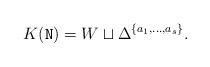
LaTeX: \begin{align*}K(\mathtt{N})=W\sqcup\Delta^{\{a_1,\ldots,a_s\}}.\end{align*}